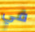
في